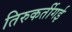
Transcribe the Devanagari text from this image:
तिरुकर्तीगई